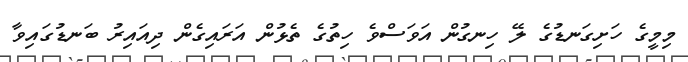
މިމީގެ ހަށިގަނޑުގެ ލޭ ހިނގުން އަވަސްވެ ހިތުގެ ތެޅުން އަރައިގެން ދިއައިރު ބަނޑުގައިވާ